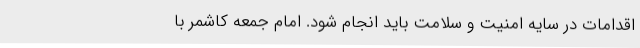
اقدامات در سایه امنیت و سلامت باید انجام شود. امام‌ جمعه کاشمر با